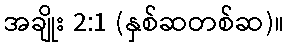
အချိုး 2:1 (နှစ်ဆတစ်ဆ)။